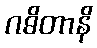
ဂဓိတာနိ